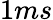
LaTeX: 1ms